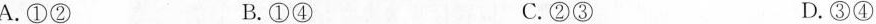
A.①② B.①④ C.②③ D.③④